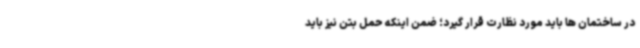
در ساختمان ها باید مورد نظارت قرار گیرد؛ ضمن اینکه حمل بتن نیز باید